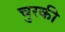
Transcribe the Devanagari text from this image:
चुरकी